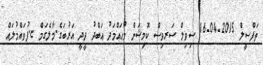
ތަފްސީލް 2015-04-16 ސިވިލް ސަރވިސް ކޮމިޝަން މުޙައްމަދު ޢަބްދު ދީދީ އަރުބަގެ.މާލެގަމް ޏ.ފުވައްމުލައް